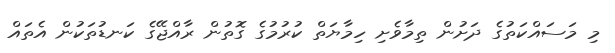
މި މަސައްކަތުގެ ދަށުން ތިމާވެށި ހިމާޔަތް ކުރުމުގެ ގޮތުން ރާއްޖޭގެ ކަނޑުތަކުން އެތައް